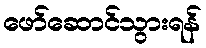
ဖော်ဆောင်သွားရန်